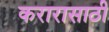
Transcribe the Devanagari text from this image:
करारासाठी